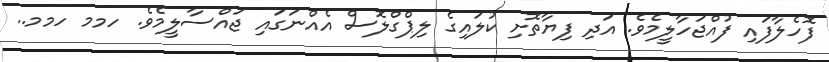
ފޮހެލާފައި ފުއްޖަހާލީމެވެ. އަދި ފިޔާތޮށި ކުލައިގެ ލިޕްގްލޮސް އެއްނަގައި ޖައްސާލީމެވެ. ހމމ ހމމ..